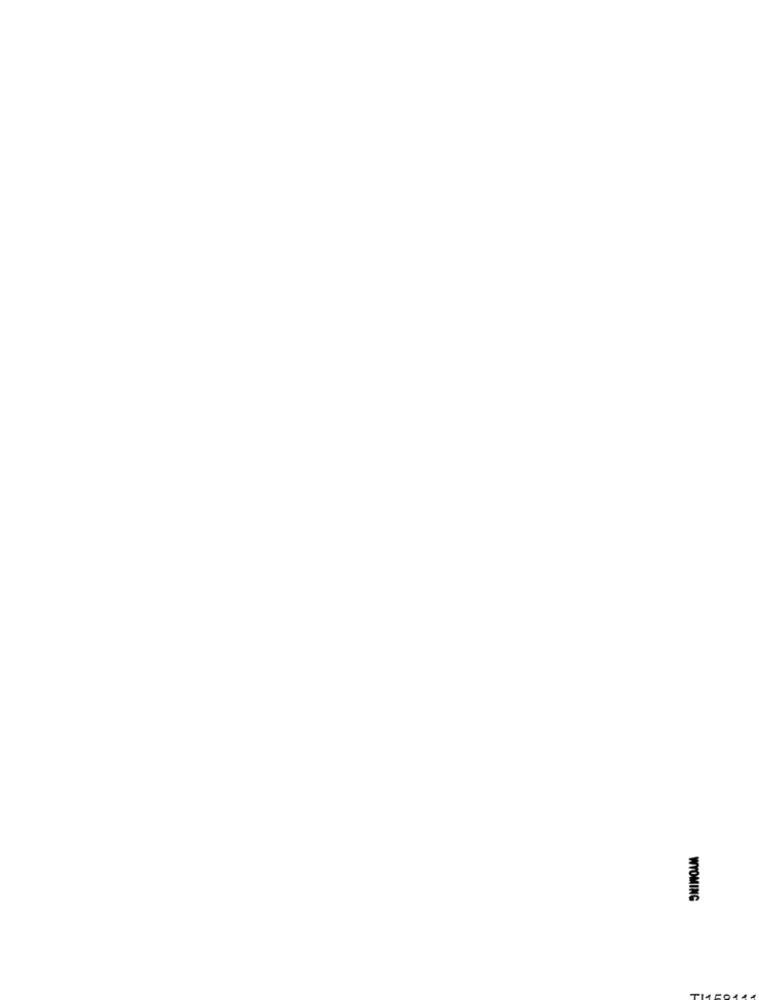
WYOMING